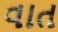
વાત